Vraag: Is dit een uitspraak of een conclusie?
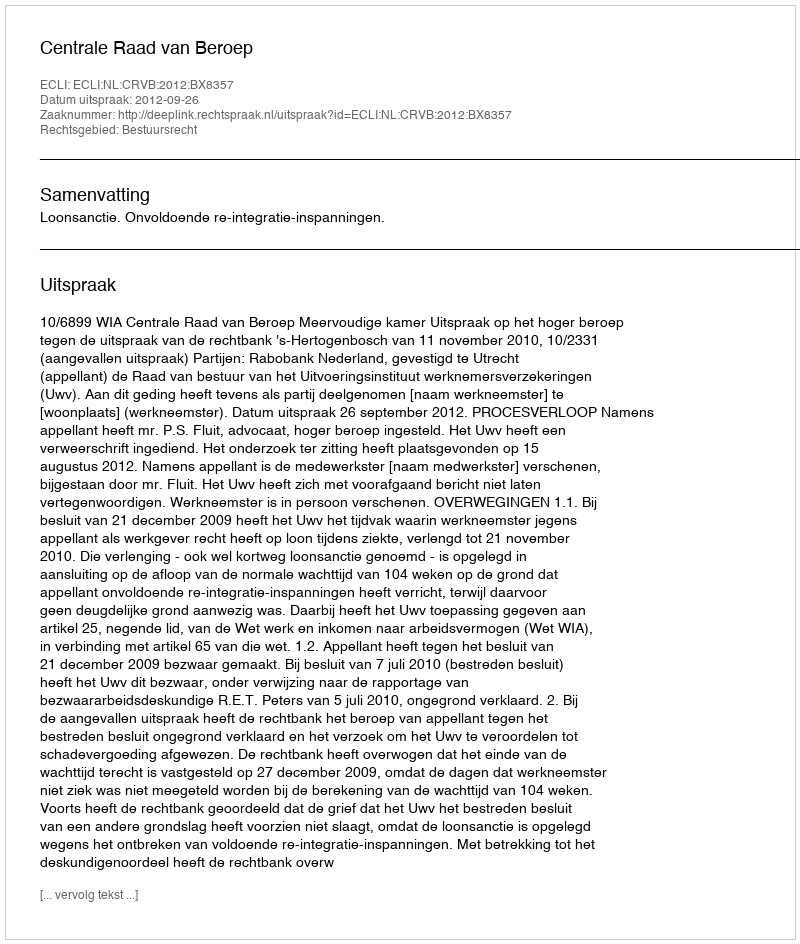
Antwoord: Uitspraak